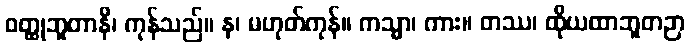
ဝတ္ထုဘူတာနိ၊ ကုန်သည်။ န၊ မဟုတ်ကုန်။ ကသ္မာ၊ ကား။ တဿ၊ ထိုယထာဘူတဉာ